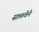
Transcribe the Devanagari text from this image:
साळवेने